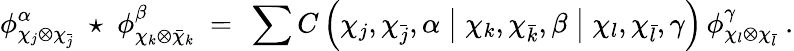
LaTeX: \phi_{\chi_{j}\otimes\chi_{\bar{j}}}^{\alpha}\; \star\; \phi_{\chi_{k}\otimes\bar{\chi}_{k}}^{\beta}\ =\ \sum C\left(\chi_{j},\chi_{\bar{j}},\alpha\bigm|\chi_{k},\chi_{\bar{k}},\beta\bigm|\chi_{l},\chi_{\bar{l}},\gamma\right)\, \phi_{\chi_{l}\otimes\chi_{\bar{l}}}^{\gamma}\ .